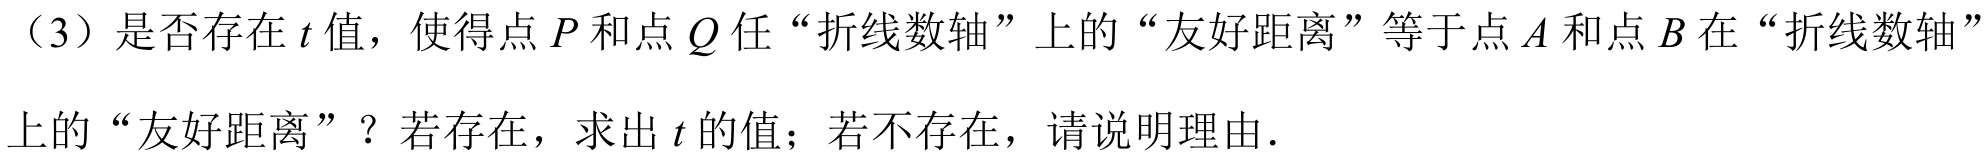
（3）是否存在\(t\)值，使得点\(P\)和点\(Q\)任“折线数轴”上的“友好距离”等于点\(A\)和点\(B\)在“折线数轴”上的“友好距离” ？若存在，求出\(t\)的值；若不存在，请说明理由.